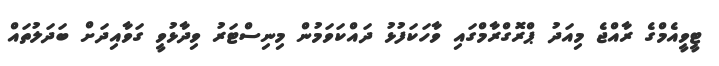
ޓީވީއެމްގެ ރާއްޖެ މިއަދު ޕްރޮގްރާމްގައި ވާހަކަފުޅު ދައްކަވަމުން މިނިސްޓަރު ވިދާޅުވީ ގަވާއިދަށް ބަދަލުތައް